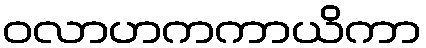
ဝလာဟကကာယိကာ